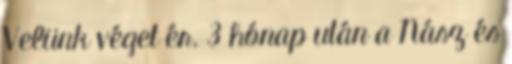
Velünk véget ér. 3 hónap után a Nász és